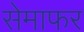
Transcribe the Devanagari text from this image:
सेमाफर